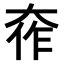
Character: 𫯧